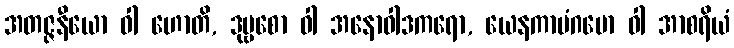
အတဇ္ဇနီယော ဝါ ဟောတိ, ဒုဗ္ဗစော ဝါ အနောဝါဒကရော, ယေနကာမံဂမော ဝါ အာစရိယံ